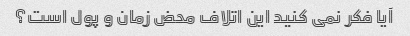
آیا فکر نمی کنید این اتلاف محض زمان و پول است؟